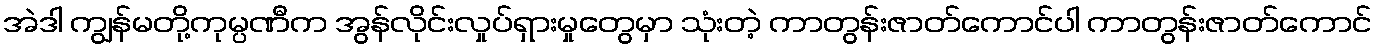
အဲဒါ ကျွန်မတို့ကုမ္ပဏီက အွန်လိုင်းလှုပ်ရှားမှုတွေမှာ သုံးတဲ့ ကာတွန်းဇာတ်ကောင်ပါ ကာတွန်းဇာတ်ကောင်